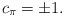
LaTeX: \begin{align*}c_\pi = \pm 1.\end{align*}